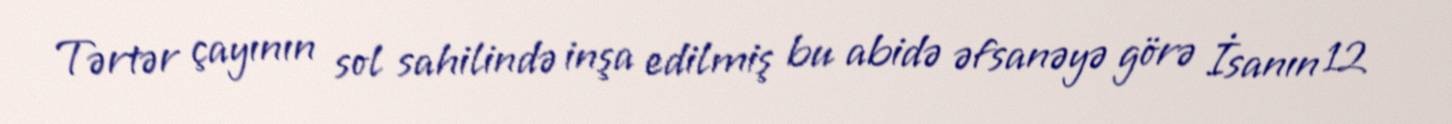
Tərtər çayının sol sahilində inşa edilmiş bu abidə əfsanəyə görə İsanın 12